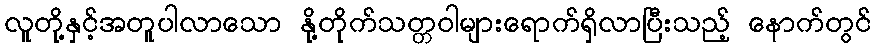
လူတို့နှင့်အတူပါလာသော နို့တိုက်သတ္တဝါများရောက်ရှိလာပြီးသည့် နောက်တွင်